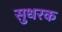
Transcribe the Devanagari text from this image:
सुधरक